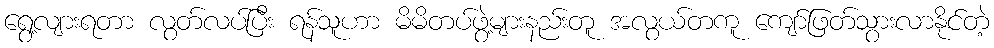
ရွေ့လျားရတာ လွတ်လပ်ပြီး ရန်သူဟာ မိမိတပ်ဖွဲ့များနည်းတူ အလွယ်တကူ ကျော်ဖြတ်သွားလာနိုင်တဲ့